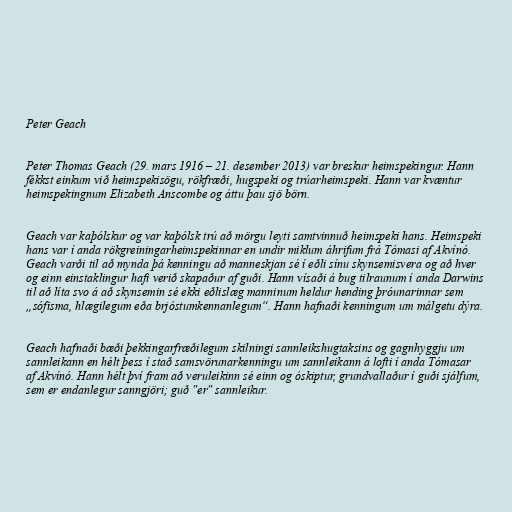
Peter Geach

Peter Thomas Geach (29. mars 1916 – 21. desember 2013) var breskur heimspekingur. Hann
fékkst einkum við heimspekisögu, rökfræði, hugspeki og trúarheimspeki. Hann var kvæntur
heimspekingnum Elizabeth Anscombe og áttu þau sjö börn.

Geach var kaþólskur og var kaþólsk trú að mörgu leyti samtvinnuð heimspeki hans. Heimspeki
hans var í anda rökgreiningarheimspekinnar en undir miklum áhrifum frá Tómasi af Akvínó.
Geach varði til að mynda þá kenningu að manneskjan sé í eðli sínu skynsemisvera og að hver
og einn einstaklingur hafi verið skapaður af guði. Hann vísaði á bug tilraunum í anda Darwins
til að líta svo á að skynsemin sé ekki eðlislæg manninum heldur hending þróunarinnar sem
„sófisma, hlægilegum eða brjóstumkennanlegum“. Hann hafnaði kenningum um málgetu dýra.

Geach hafnaði bæði þekkingarfræðilegum skilningi sannleikshugtaksins og gagnhyggju um
sannleikann en hélt þess í stað samsvörunarkenningu um sannleikann á lofti í anda Tómasar
af Akvínó. Hann hélt því fram að veruleikinn sé einn og óskiptur, grundvallaður í guði sjálfum,
sem er endanlegur sanngjöri; guð "er" sannleikur.